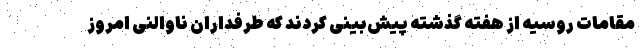
مقامات روسیه از هفته گذشته پیش‌بینی کردند که طرفداران ناوالنی امروز